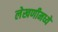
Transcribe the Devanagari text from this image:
लेखणीमध्ये